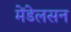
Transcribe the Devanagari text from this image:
मेंडेलसन